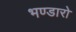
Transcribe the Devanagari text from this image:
भण्डारो